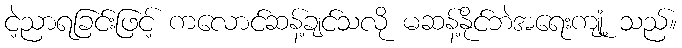
ငဲ့ညာရခြင်းဖြင့် ကလောင်ဆန့်ချင်သလို မဆန့်နိုင်ဘဲအရေးကျုံ့ သည်။